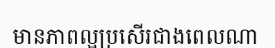
មានភាពល្អប្រសើរជាងពេលណា